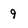
Character: 9